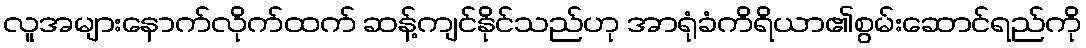
လူအများနောက်လိုက်ထက် ဆန့်ကျင်နိုင်သည်ဟု အာရုံခံကိရိယာ၏စွမ်းဆောင်ရည်ကို